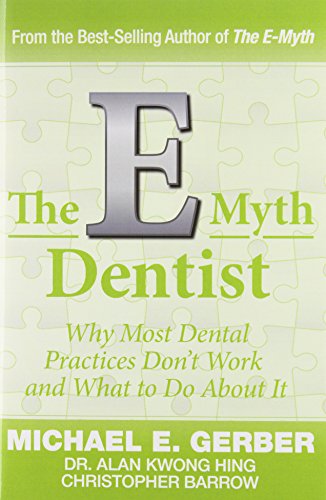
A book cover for The E-Myth Dentist (E-Myth Expert); Michael G. Gerber; Medical Books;